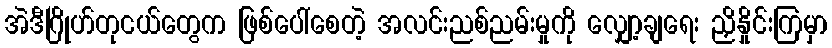
အဲဒီဂြိုဟ်တုငယ်တွေက ဖြစ်ပေါ်စေတဲ့ အလင်းညစ်ညမ်းမှုကို လျှော့ချရေး ညှိနှိုင်းကြမှာ